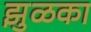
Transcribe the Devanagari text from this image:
झुळका